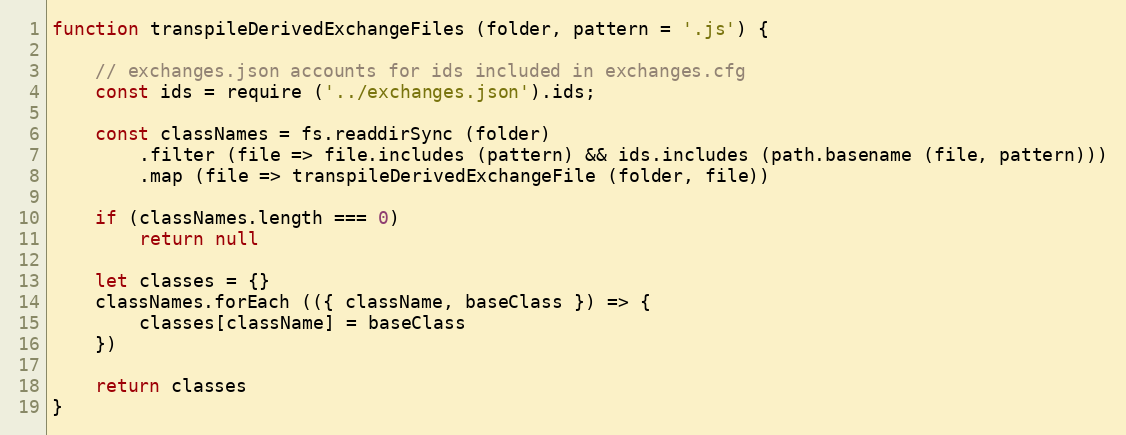
Language: JavaScript
function transpileDerivedExchangeFiles (folder, pattern = '.js') {

    // exchanges.json accounts for ids included in exchanges.cfg
    const ids = require ('../exchanges.json').ids;

    const classNames = fs.readdirSync (folder)
        .filter (file => file.includes (pattern) && ids.includes (path.basename (file, pattern)))
        .map (file => transpileDerivedExchangeFile (folder, file))

    if (classNames.length === 0)
        return null

    let classes = {}
    classNames.forEach (({ className, baseClass }) => {
        classes[className] = baseClass
    })

    return classes
}